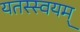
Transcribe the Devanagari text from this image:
यतस्स्वयम्